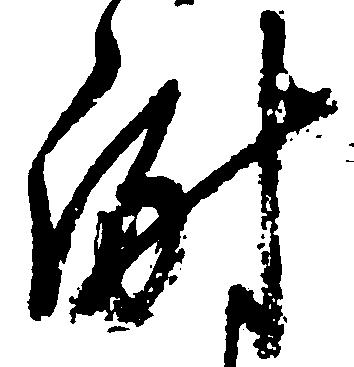
謝